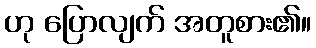
ဟု ပြောလျက် အတူစား၏။